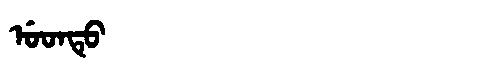
Manchu: ᡠᡨᡨᡠ
Romanization: UTTU